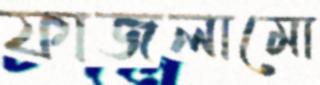
ফাজলামো